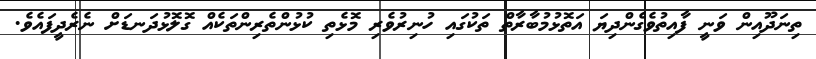
ތިނަދޫއިން ވަނީ ފާއިތުވެގެންދިޔަ އަތޮޅުމުބާރާތް ތަކުގައި ހުނިރުވެރި މޮޅެތި ކުޅުންތެރިންތަކެއް ގޮލޮޅުދަނޑަށް ނެރެދީފައެވެ.